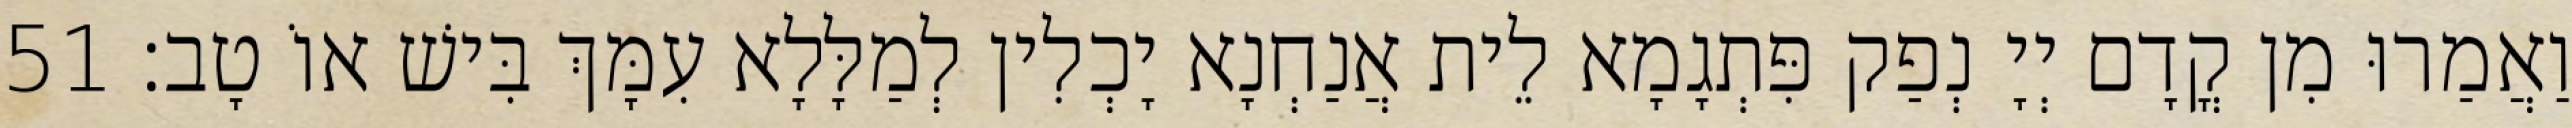
וַאֲמַרוּ מִן קֳדָם יְיָ נְפַק פִּתְגָמָא לֵית אֲנַחְנָא יָכְלִין לְמַלָּלָא עִמָּךְ בִּישׁ אוֹ טָב׃ 51